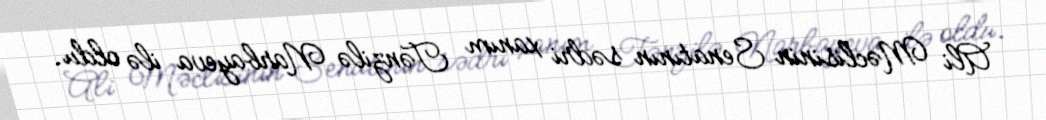
Ali Məclisinin Senatının sədri xanım Tənzilə Narbayeva ilə oldu.